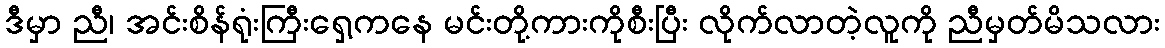
ဒီမှာ ညီ၊ အင်းစိန်ရုံးကြီးရှေ့ကနေ မင်းတို့ကားကိုစီးပြီး လိုက်လာတဲ့လူကို ညီမှတ်မိသလား